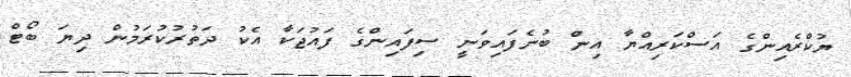
ޔުކްރެއިންގެ އަސްކަރިއްޔާ އިން ބުނެފައިވަނީ ސިފައިންގެ ފައުޖަކާ އެކު ދަތުރުކުރަމުން ދިޔަ ބޯޓް